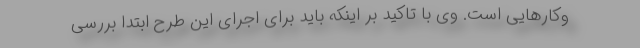
وکارهایی است. وی با تاکید بر اینکه باید برای اجرای این طرح ابتدا بررسی